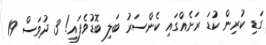
ގަޑި ކުރިން ކުޑަ ރަށެއްގައި ކެންސަރު ބަލި ބޮޑުވެފައި! 3 ދުވަސް 19